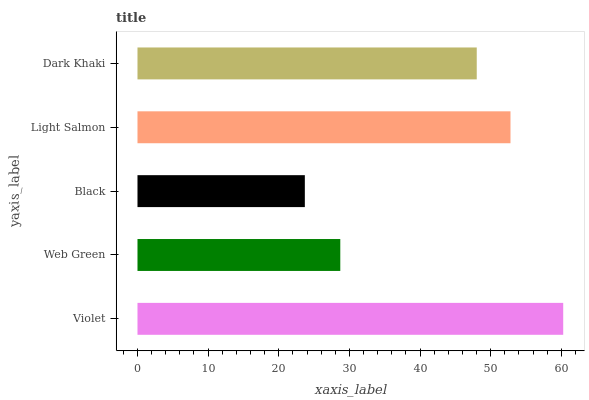
| yaxis_label | bars |
 | --- | --- |
 | Violet | 60.3 |
 | Web Green | 28.7 |
 | Black | 23.7 |
 | Light Salmon | 52.8 |
 | Dark Khaki | 48 |